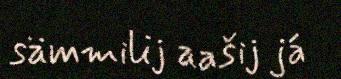
sämmilij aašij já